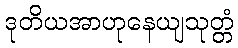
ဒုတိယအာဟုနေယျသုတ္တံ